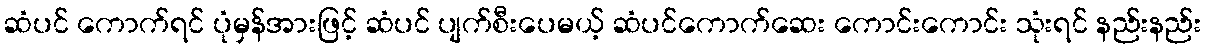
ဆံပင် ကောက်ရင် ပုံမှန်အားဖြင့် ဆံပင် ပျက်စီးပေမယ့် ဆံပင်ကောက်ဆေး ကောင်းကောင်း သုံးရင် နည်းနည်း